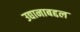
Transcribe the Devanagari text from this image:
उद्यानाबद्दल